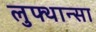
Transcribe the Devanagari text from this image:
लुफ्थान्सा